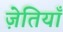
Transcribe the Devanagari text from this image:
ज़ेतियाँ